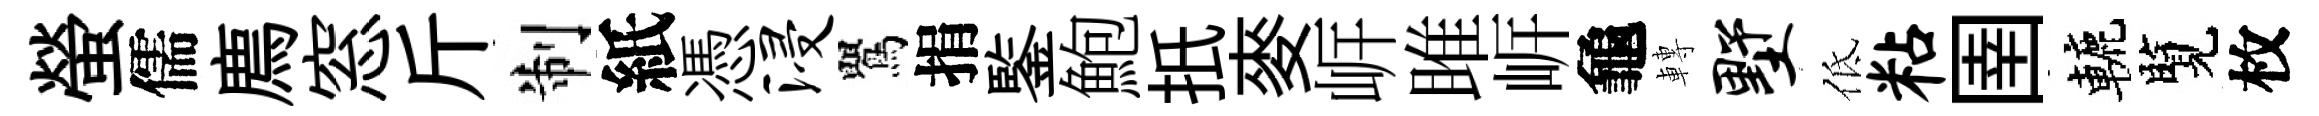
螢儒廌窓斤制紙憑浸鸎捐鍳鮑扺麥㟁雎㟁龜轉墅低粘圉轆覽枚